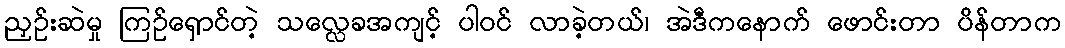
ညှဉ်းဆဲမှု ကြဉ်ရှောင်တဲ့ သလ္လေခအကျင့် ပါဝင် လာခဲ့တယ်၊ အဲဒီကနောက် ဖောင်းတာ ပိန်တာက